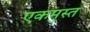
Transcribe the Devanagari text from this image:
एकमुस्त